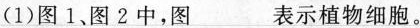
(1)图1、图2中，图___表示植物细胞。